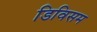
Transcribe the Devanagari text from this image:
डिविसम